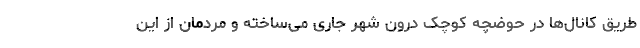
طریق کانال‌ها در حوضچه کوچک درون شهر جاری می‌ساخته و مردمان از این